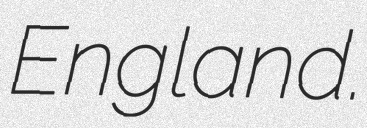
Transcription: England.